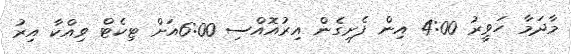
މާދަމާ ހަވީރު 4:00 އިން ފެށިގެން އިރުއޮއްސި 6:00އަށް ޓިކެޓް ވިއްކާ އިރު